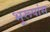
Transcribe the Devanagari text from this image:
भूरूपांस